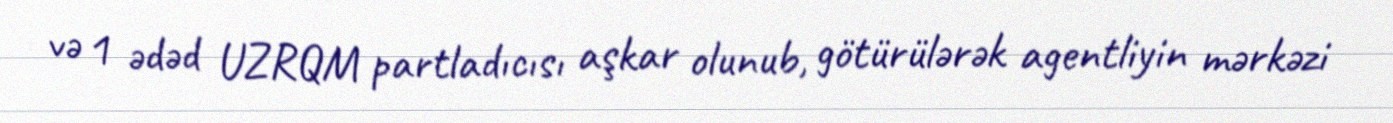
və 1 ədəd UZRQM partladıcısı aşkar olunub, götürülərək agentliyin mərkəzi